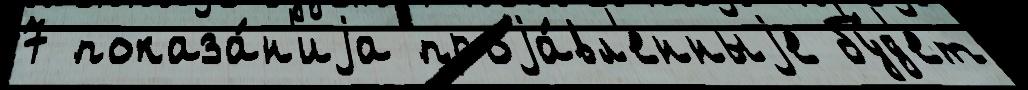
7 показа́н'иjа проjа́вл'енныjе бу́д'ет